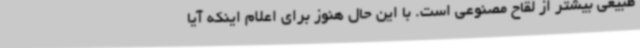
طبیعی بیشتر از لقاح مصنوعی است. با این حال هنوز برای اعلام اینکه آیا